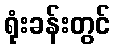
ရုံးခန်းတွင်